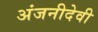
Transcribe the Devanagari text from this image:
अंजनीदेवी